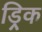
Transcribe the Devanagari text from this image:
ड्रिक